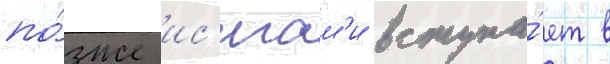
по́зже ис'игам'и вступа́ет в